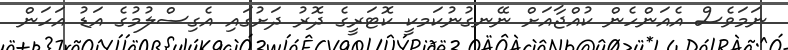
ނަމަވެސް އެއަންހެން ކުއްޖާއަށް ނޭނގުނުކަމކީ ކޮޓަރީގެ ދޮރު ދަށުގައި އެގިސްލުމުގެ އަޑު އަހަން